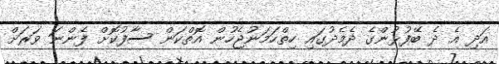
އަދި އެ ދެ ބޭފުޅުންގެ ދެމެދުގައި ހިތްހަމަނުޖެހުން އޮތްކަން ސާފުކޮށް ފެންނަ ވަރަށް